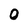
Character: 0